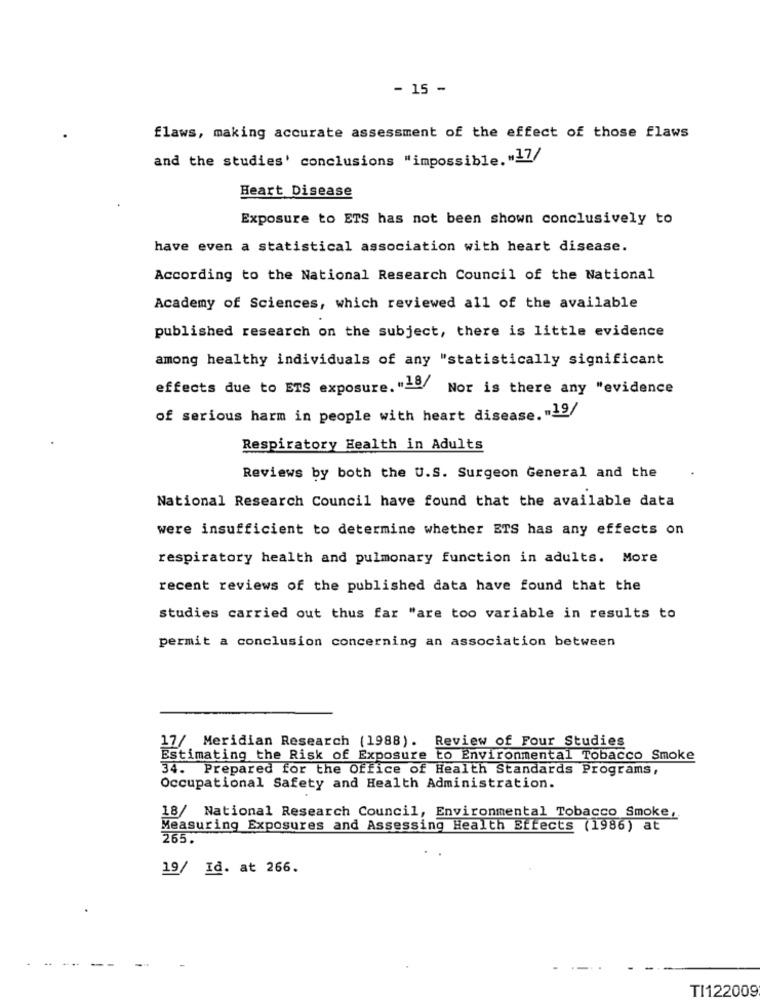
- 15 -
flaws, making accurate assessment of the effect of those flaws
and the studies' conclusions "impossible. "17/
Heart Disease
Exposure to ETS has not been shown conclusively to
have even a statistical association with heart disease.
According to the National Research Council of the National
Academy of Sciences, which reviewed all of the available
published research on the subject, there is little evidence
among healthy individuals of any "statistically significant
effects due to ETS exposure. "18/
Nor is there any "evidence
of serious harm in people with heart disease. "19/
Respiratory Health in Adults
Reviews by both the U.S. Surgeon General and the
National Research Council have found that the available data
were insufficient to determine whether ETS has any effects on
respiratory health and pulmonary function in adults. More
recent reviews of the published data have found that the
studies carried out thus far "are too variable in results to
permit a conclusion concerning an association between
17/ Meridian Research (1988). Review of Four Studies
Estimating the Risk of Exposure to Environmental Tobacco Smoke
34. Prepared for the Office of Health Standards Programs,
Occupational Safety and Health Administration.
18/ National Research Council, Environmental Tobacco Smoke,
Measuring Exposures and Assessing Health Effects (1986) at
265.
19/ Id. at 266.
-
TI122009